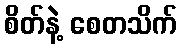
စိတ်နဲ့ စေတသိက်